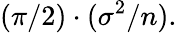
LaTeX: ({\pi}/{2})\cdot(\sigma^{2}/n).